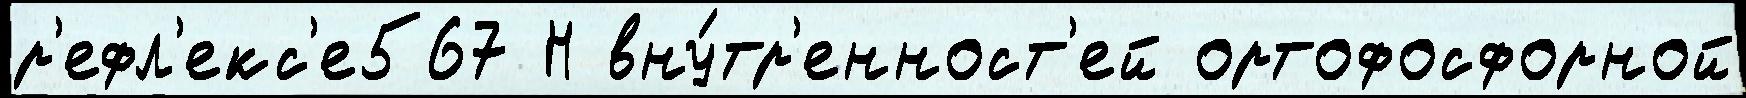
р'ефл'екс'е567 Н вну́тр'енност'ей ортофосфорной